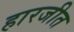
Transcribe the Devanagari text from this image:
हारजीत